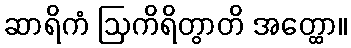
ဆာရိကံ ဩကိရိတွာတိ အတ္ထော။